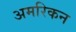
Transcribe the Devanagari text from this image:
अमरिकन